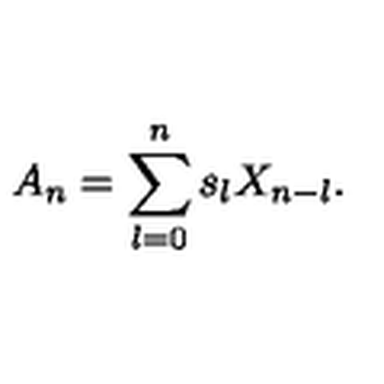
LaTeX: A _ { n } = \sum _ { l = 0 } ^ { n } s _ { l } X _ { n - l } .